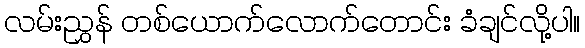
လမ်းညွှန် တစ်ယောက်လောက်တောင်း ခံချင်လို့ပါ။